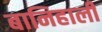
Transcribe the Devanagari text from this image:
बानिहाली